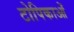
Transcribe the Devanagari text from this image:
टोपिकाओं